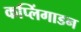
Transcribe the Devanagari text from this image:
कप्लिंगाडन